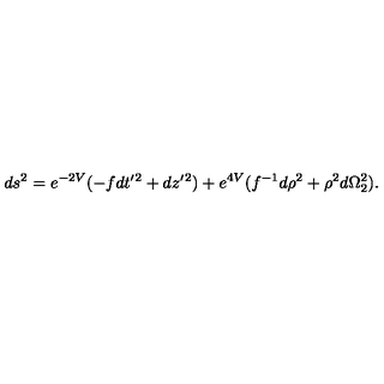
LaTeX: d s ^ { 2 } = e ^ { - 2 V } ( - f d t ^ { \prime } { } ^ { 2 } + d z ^ { \prime } { } ^ { 2 } ) + e ^ { 4 V } ( f ^ { - 1 } d \rho ^ { 2 } + \rho ^ { 2 } d \Omega _ { 2 } ^ { 2 } ) .